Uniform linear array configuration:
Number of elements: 64
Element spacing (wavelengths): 0.5
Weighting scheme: exponential
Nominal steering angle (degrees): -45
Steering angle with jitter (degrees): -43.848
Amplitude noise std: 0.05
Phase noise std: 0.05

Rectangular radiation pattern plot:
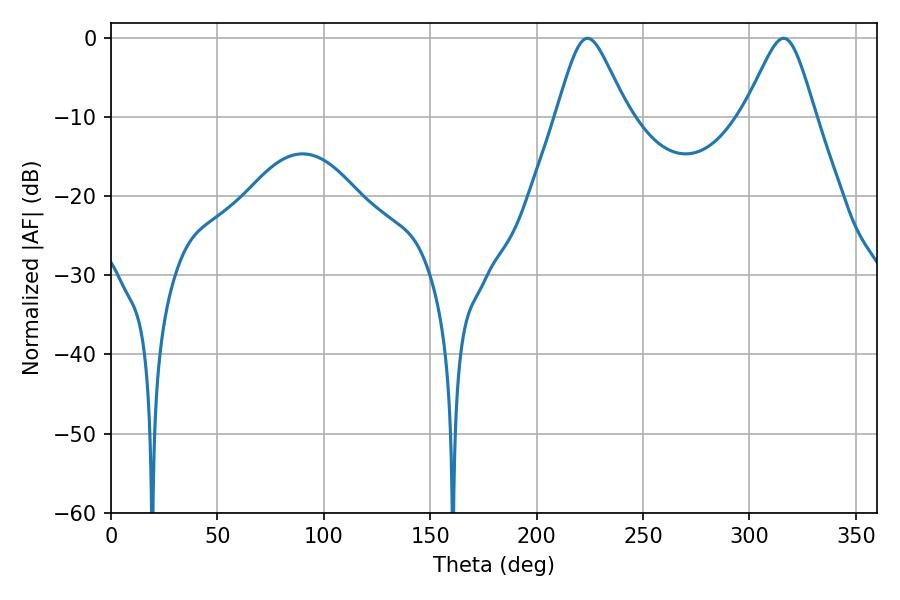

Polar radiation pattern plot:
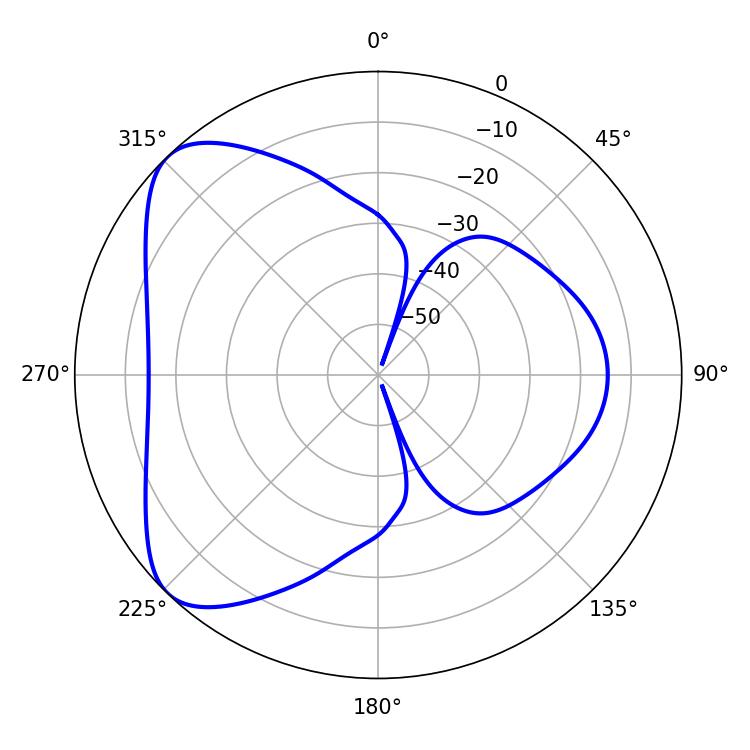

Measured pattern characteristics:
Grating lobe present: FALSE
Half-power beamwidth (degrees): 16.2
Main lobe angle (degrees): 316.08